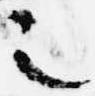
之